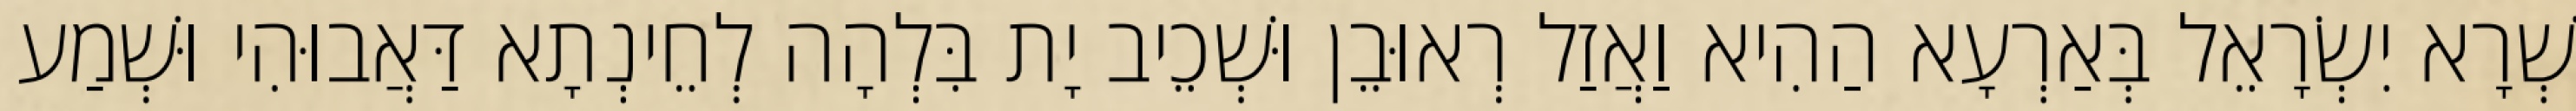
שְׁרָא יִשְׂרָאֵל בְּאַרְעָא הַהִיא וַאֲזַל רְאוּבֵן וּשְׁכֵיב יָת בִּלְהָה לְחֵינְתָא דַּאֲבוּהִי וּשְׁמַע